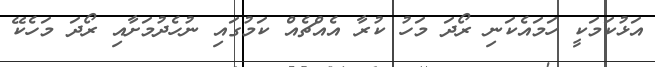
އަޅުކަމަކީ ހަމައެކަނި ރޯދަ މަހު ކުރާ އެއްޗެއް ކަމުގައި ނުހެދުމަށާއި ރޯދަ މަހެކޭ